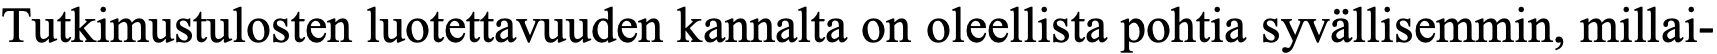
Tutkimustulosten luotettavuuden kannalta on oleellista pohtia syvällisemmin, millai-